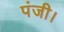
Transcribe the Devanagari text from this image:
पंजी।